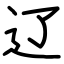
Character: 辽